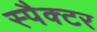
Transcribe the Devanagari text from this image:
स्पैक्टर